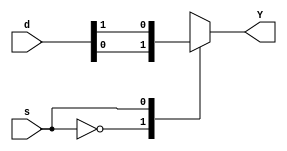

module mux2_rtl(d,s,Y);
input [1:0]d ;
input  s;
output reg Y;

always @(*)
begin 
case (s)
1'b0 :Y=d[0];
1'b1 :Y=d[1];

endcase 
end
endmodule 

/*module mux2_rtl( d0, d1, s, out);
input wire d0, d1, s;
output reg out;

always @(d0 or d1 or s)
begin

if(s==1'b1) 
out= d1;
else
out=d0;

end

endmodule*/